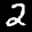
Label: 2